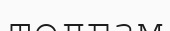
толғам